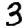
Digit: 3